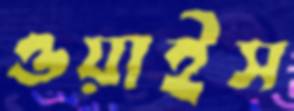
ওয়াইস